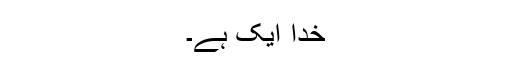
خُدا ایک ہے۔